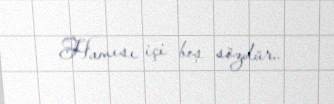
Hamısı içi boş sözdür..